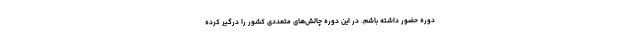
دوره حضور داشته باشم. در این دوره چالش‌های متعددی کشور را درگیر کرده